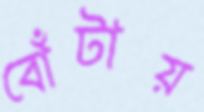
বোঁটায়